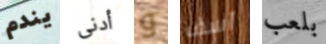
يندم أدنى و آسف بلعب